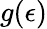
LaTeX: g(\epsilon)